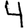
Digit: 4